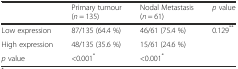
|  | Primary tumour (n = 135) | Nodal Metastasis (n = 61) | p value |
 | --- | --- | --- | --- |
 | Low expression | 87/135 (64.4 %) | 46/61 (75.4 %) | <ROWSPAN=2> 0.129** |
 | High expression | 48/135 (35.6 %) | 15/61 (24.6 %) |
 | p value | <0.001* | <0.001* |  |